Vaccination Hyderabad 1872-1889 - 1872-1889
Year: 1872
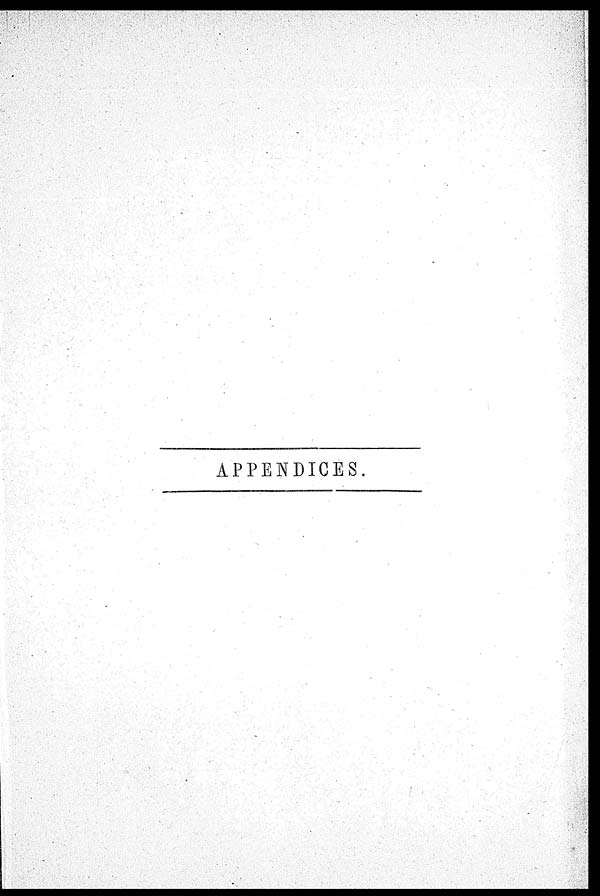
APPENDICES.